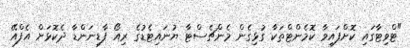
"ޓްވިޓާގައި ކޮށްފައިވާ ކޮމެންޓްތަކާ ގުޅިގެން މެންޗެސްޓާ ޔުނައިޓެޑުގެ ރިއޯ ފާޑިނަންޑާ ދެކޮޅަށް އެފްއޭ